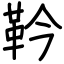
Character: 靲